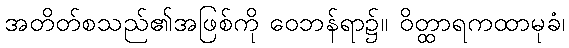
အတိတ်စသည်၏အဖြစ်ကို ဝေဘန်ရာ၌။ ဝိတ္ထာရကထာမုခံ၊